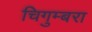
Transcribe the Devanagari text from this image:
चिगुम्बरा